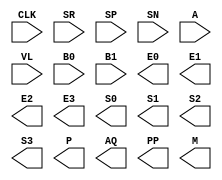
module MefCoffeeMachine(CLK, SR, SP, SN, A, VL, B0, B1, 
E0, E1, E2, E3, S0, S1, S2, S3, P, AQ, PP, M);
	//////////////////////////////HEAD
	input CLK, SR, SP, SN, A, VL, B0, B1;
	output reg E0, E1, E2, E3, S0, S1, S2, S3, P, AQ, PP, M;
	
	//Registrador de estado
	reg Q3, Q2, Q1, Q0;
	
	wire w1, w2, w3, w4, w5, w6, w7, w8, w9, w10, w11, w12, w13, w14, w15, w16, w17, w18, 
	w19, w20, w21, w22, w23, w24, w25, w26, w27, w28, w29, w30, w31, w32, w33, w34, w35, w36,
	w37, w38, w39, w40, w41;
	//////////////////////////////HEAD
	
	//////////////////////////////BODY
	//Inicializao da mquina
	initial begin
		Q3 <= 0;
		Q2 <= 0;
		Q1 <= 0;
		Q0 <= 0;
	end
						
	or (w1, Q1, Q0);
	and (w2, w1, Q2, ~Q3);
	and (w3, A, VL, B0, B1, ~Q1);
	or (w4, w3, Q3);
	and (w5, w4, SR, SP, SN);
	and (w6, w5, ~Q0, ~Q2);
	or (w7, w6, w2);
	//w7 = Q3
	
	and (w8, Q2, ~VL);
	or (w9, ~B1, ~B0, ~VL);
	and (w10, w9, ~Q2, SR, SP, SN, A);	
	or (w11, w10, w8);
	and (w12, w11, ~Q3, ~Q1, ~Q0);		
	//w12 = Q2		
						
	and (w13, Q1, ~Q0);
	and (w14, ~Q1, Q0);
	or (w15, w13, w14);
	and (w16, Q3, ~Q2, SR, SP, SN, w15);
	and (w17, Q0, ~SN);
	and (w18, ~Q0, ~SP);
	or (w19, w17, w18);
	and (w20, w19, ~Q3, ~Q2, Q1);
	and (w21, ~B0, B1);
	and (w22, B0, ~B1);
	or (w23, w21, w22);
	and (w24, w23, VL, A, SN);
	or (w25, w24, ~SN, ~SP);
	and (w26, w25, SR, ~Q0, ~Q1, ~Q2, ~Q3);
	or (w27, w26, w20, w16);
	//w27 = Q1
								
	and (w28, Q3, ~Q2, Q1, ~Q0, SR, SP, SN);
	and (w29, ~Q1, ~SR);
 	and	(w30, Q1, ~SN);
 	or (w31, w29, w30);
 	and (w32, w31, ~Q3, ~Q2, Q0);
 	and (w33, A, VL, ~B1);
 	or (w34, w33, ~SN);
 	and (w35, w34, SP);
 	or (w36, w35, ~SR);
 	and (w37, w36, ~Q3, ~Q1);
 	and (w38, Q3, Q1, SR, SP, SN);
 	or (w39, w37, w38);
 	and (w40, w39, ~Q2, ~Q0);
 	or (w41, w28, w32, w40);
 	//w41 = Q0	
	
	//Estado prximo
	always @ (posedge CLK) begin
		Q3 <= w7;
		Q2 <= w12;
		Q1 <= w27;
		Q0 <= w41;
	end
	//////////////////////////////BODY
	

endmodule